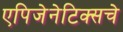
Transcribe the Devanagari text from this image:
एपिजेनेटिक्सचे